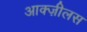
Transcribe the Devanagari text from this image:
आक्ज़ीलस